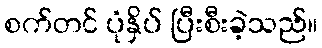
စက်တင် ပုံနှိပ် ပြီးစီးခဲ့သည်။